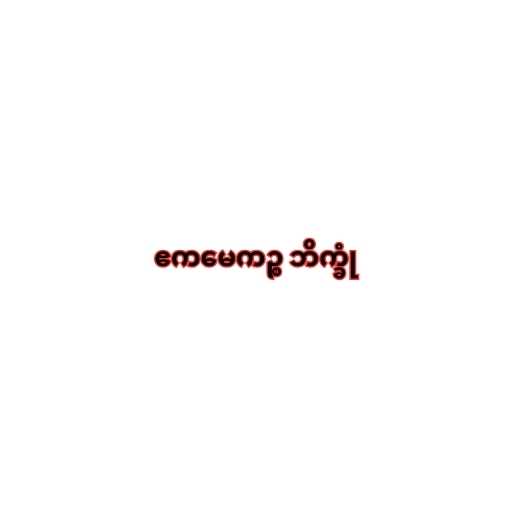
ဧကမေကဉ္စ ဘိက္ခုံ